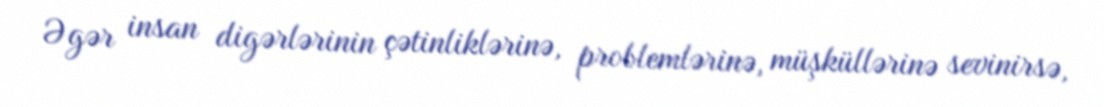
Əgər insan digərlərinin çətinliklərinə, problemlərinə, müşküllərinə sevinirsə,